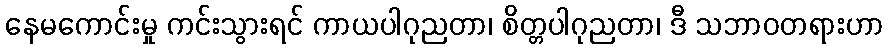
နေမကောင်းမှု ကင်းသွားရင် ကာယပါဂုညတာ၊ စိတ္တပါဂုညတာ၊ ဒီ သဘာဝတရားဟာ